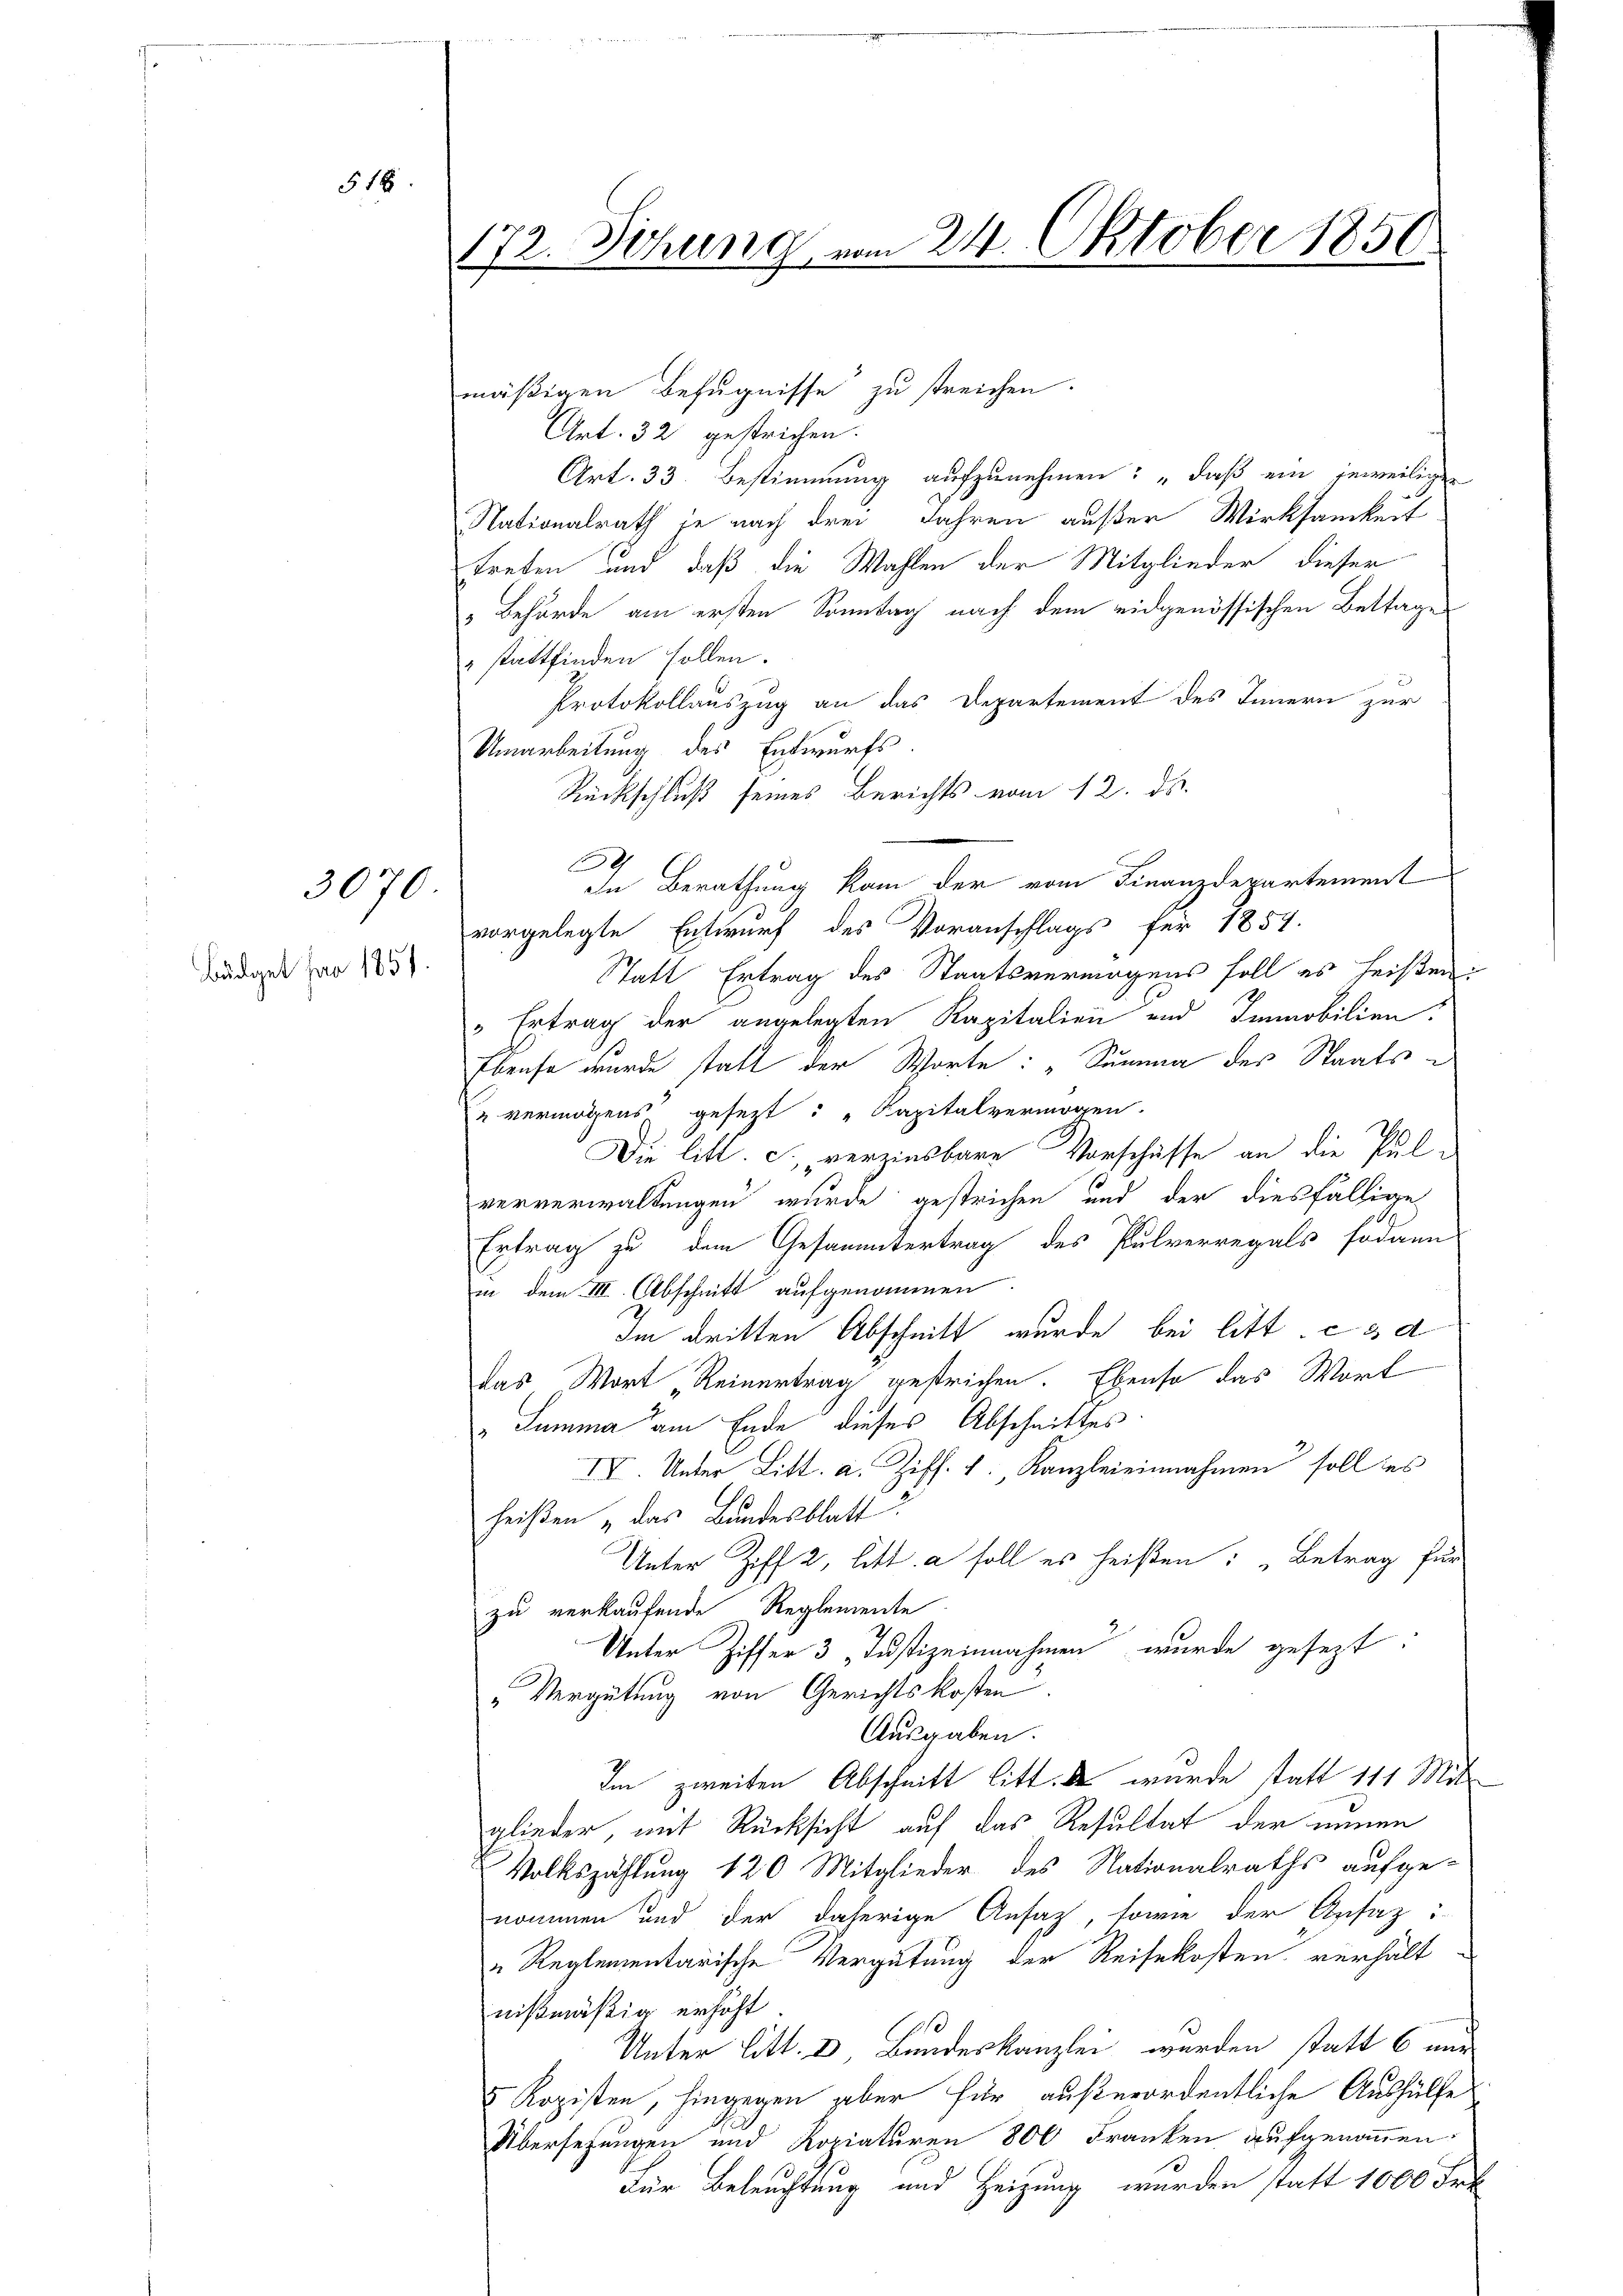
518

3070
Büdget par 1851.

172. Sitzung vom 24. Oktober 1850.

mäßigen Befugnisse zu streichen.
Art. 32 gestrichen.
Art. 33. Bestimmung aufzunehmen: „daß ein jeweiligen
Nationalrath je nach drei Jahren außer Wirksamkeit
treten und daß die Wahlen der Mitglieder dieser
 Behörde am ersten Sonntag nach dem eidgenössischen Bettage
" stattfinden sollen.
Protokollauszug an das Departement des Innern zur
Umarbeitung des Entwurfs.
Rückschluß seines Berichts vom 12. ds.
In Berathung kam der vom Finanzdepartement
vorgelegte Entwurf des Voranschlags für 1857.
Statt Ertrag des Staatsvermögens soll es heißen:
"Ertrag der angelegten Kapitalien und Immobilien,
Ebenso wurde statt der Worte: „Summa des Staats¬
u vermögens gesezt: „Sapitalvermögen.
Die litt. c. verzinsbare Vorschüsse an die Pulververwaltungen wurde gestrichen und der diesfällige
Ertrag zu den Gesantertrag des Pulverregals sodann
in dem III. Abschnitt aufgenommen.
Im dritten Abschnitt wurde bei litt. c d
Das Wort „Reinertrag gestrichen. Ebenso das Wort
" Summa am Ende dieses Abschnittes
IV. Unter Litt. a. Ziff. 4. Kanzleieinnahmen soll des
heißen „das Bundesblatt
Unter Ziff. 2, litt. a soll es heißen: „Betrag für
zu verkaufende Reglemente
Unter Ziffer 3 Justiz einnahmen wurde gesezt:
„Vergütung von Gerichtskosten.
Ausgaben.
Im zweiten Abschnitt litt. d wurde statt 111 Mitglieder, mit Rücksicht auf das Resultat der neuen
Volkszählung 120 Mitglieder des Nationalraths aufge-
nommen und der daherige Ansatz, sowie der Ansazi
„Reglementarische Vergütung der Reisekosten verhält
nißmäßig erhöht
Unter litt. e, Bundeskanzlei werden statt 6 nur
5 Kopisten, hingegen aber für außerordentliche Aushülfe
Übersetzungen und Kopiaturen 800 Franken aufgenommen:
Für Beleuchtung und Heizung wurden statt 1000 Fr.